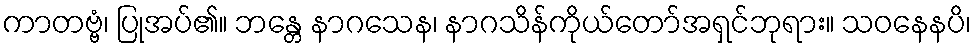
ကာတဗ္ဗံ၊ ပြုအပ်၏။ ဘန္တေ နာဂသေန၊ နာဂသိန်ကိုယ်တော်အရှင်ဘုရား။ သဝနေနပိ၊